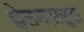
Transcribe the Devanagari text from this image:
झेलमलासुद्धा